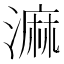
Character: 𣻕